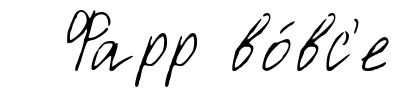
Фарр во́вс'е